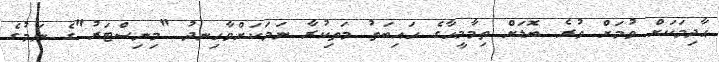
ޙާދިމަކަށް ވުމަށް ވުރެ ބޮޑަށް ތިމާމީހާގެ ހައިބަތު މަތިކުރާ ނަމަކަށްވާހިނދު "މިނިސްޓަރު"ގެ ނަމުގެ